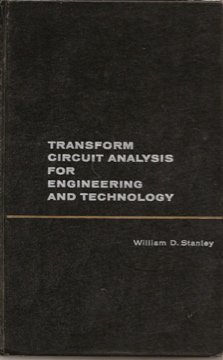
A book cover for Transform Circuit Analysis for Engineering and Tec (Electronic Technology); William D Stanley; Science & Math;